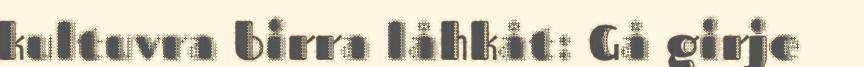
kultuvra birra låhkåt: Gå girje